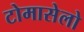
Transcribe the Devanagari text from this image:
टोमासेलो